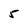
Character: 5